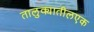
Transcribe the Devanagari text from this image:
तालुक्यातीलएक